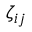
\zeta _ { i j }